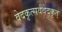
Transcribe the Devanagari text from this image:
वेदकृत्सर्ववेदकृत्